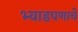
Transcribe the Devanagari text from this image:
भ्याडपणाचे